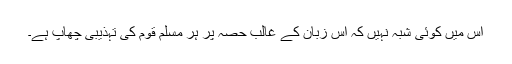
اس میں کوئی شبہ نہیں کہ اس زبان کے غالب حصہ پر ہر مسلم قوم کی تہذیبی چھاپ ہے۔